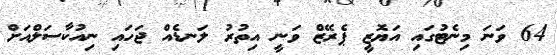
64 ވަނަ މިނެޓުގައި އަޔޮޒީ ޕެރޭޒް ވަނީ އިތުރު ލަނޑެއް ޖަހައި ނިއުކާސަލްއަށް